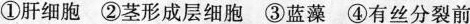
①肝细胞 ②茎形成层细胞 ③蓝藻 ④有丝分裂前